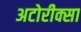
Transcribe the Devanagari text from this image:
अटोरीक्सा